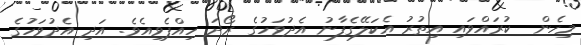
މިހެން  ކުރައްވައި އިތުރު އެކަލޭގެފާނު އެދުވަހުގެ ރޯދަ ހިއްޕެވިއެވެ. އަދި އެދުވަހުގެ